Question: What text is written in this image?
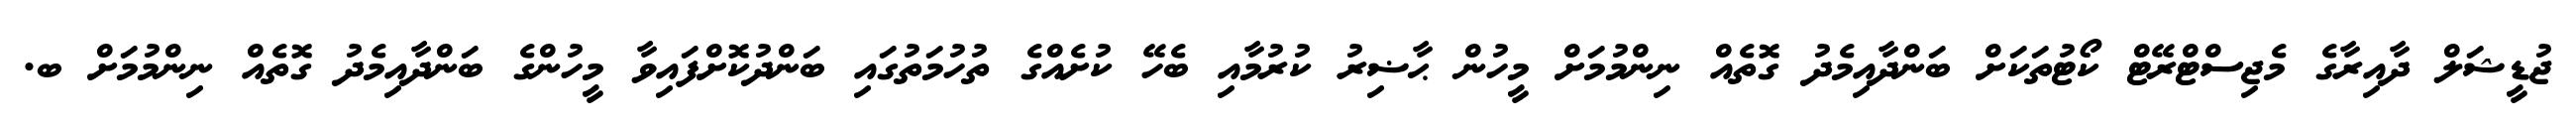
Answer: ޖުޑީޝަލް ދާއިރާގެ މެޖިސްޓްރޭޓް ކޯޓުތަކަށް ބަންދާއިމެދު ގޮތެއް ނިންމުމަށް މީހުން ޙާޟިރު ކުރުމާއި ބެހޭ ކުށެއްގެ ތުހުމަތުގައި ބަންދުކޮށްފައިވާ މީހުންގެ ބަންދާއިމެދު ގޮތެއް ނިންމުމަށް ބ.